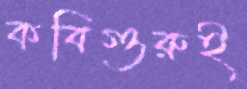
কবিগুরুই